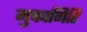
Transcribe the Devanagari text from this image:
मुक्तागिरि